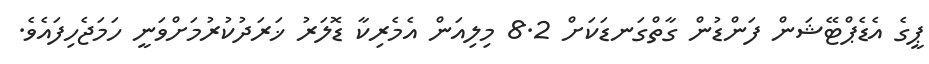
ޕީގެ އެޑެޕްޓޭޝަން ފަންޑުން ގާތްގަނޑަކަށް 8.2 މިލިއަން އެމެރިކާ ޑޮލަރު ޚަރަދުކުރުމަށްވަނީ ހަމަޖެހިފައެވެ.